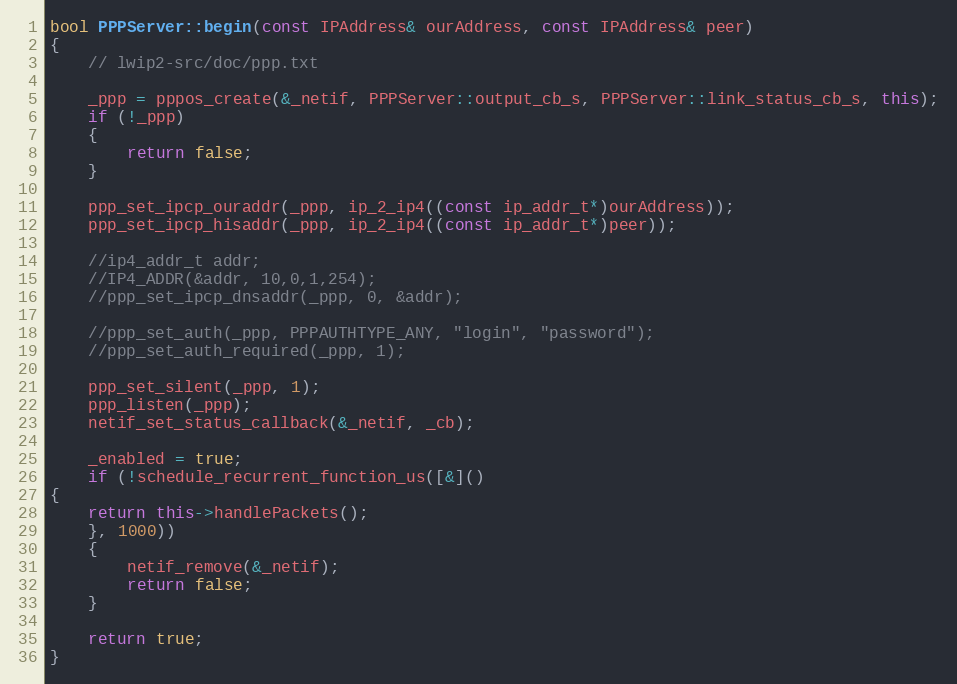
Language: C++
bool PPPServer::begin(const IPAddress& ourAddress, const IPAddress& peer)
{
    // lwip2-src/doc/ppp.txt

    _ppp = pppos_create(&_netif, PPPServer::output_cb_s, PPPServer::link_status_cb_s, this);
    if (!_ppp)
    {
        return false;
    }

    ppp_set_ipcp_ouraddr(_ppp, ip_2_ip4((const ip_addr_t*)ourAddress));
    ppp_set_ipcp_hisaddr(_ppp, ip_2_ip4((const ip_addr_t*)peer));

    //ip4_addr_t addr;
    //IP4_ADDR(&addr, 10,0,1,254);
    //ppp_set_ipcp_dnsaddr(_ppp, 0, &addr);

    //ppp_set_auth(_ppp, PPPAUTHTYPE_ANY, "login", "password");
    //ppp_set_auth_required(_ppp, 1);

    ppp_set_silent(_ppp, 1);
    ppp_listen(_ppp);
    netif_set_status_callback(&_netif, _cb);

    _enabled = true;
    if (!schedule_recurrent_function_us([&]()
{
    return this->handlePackets();
    }, 1000))
    {
        netif_remove(&_netif);
        return false;
    }

    return true;
}